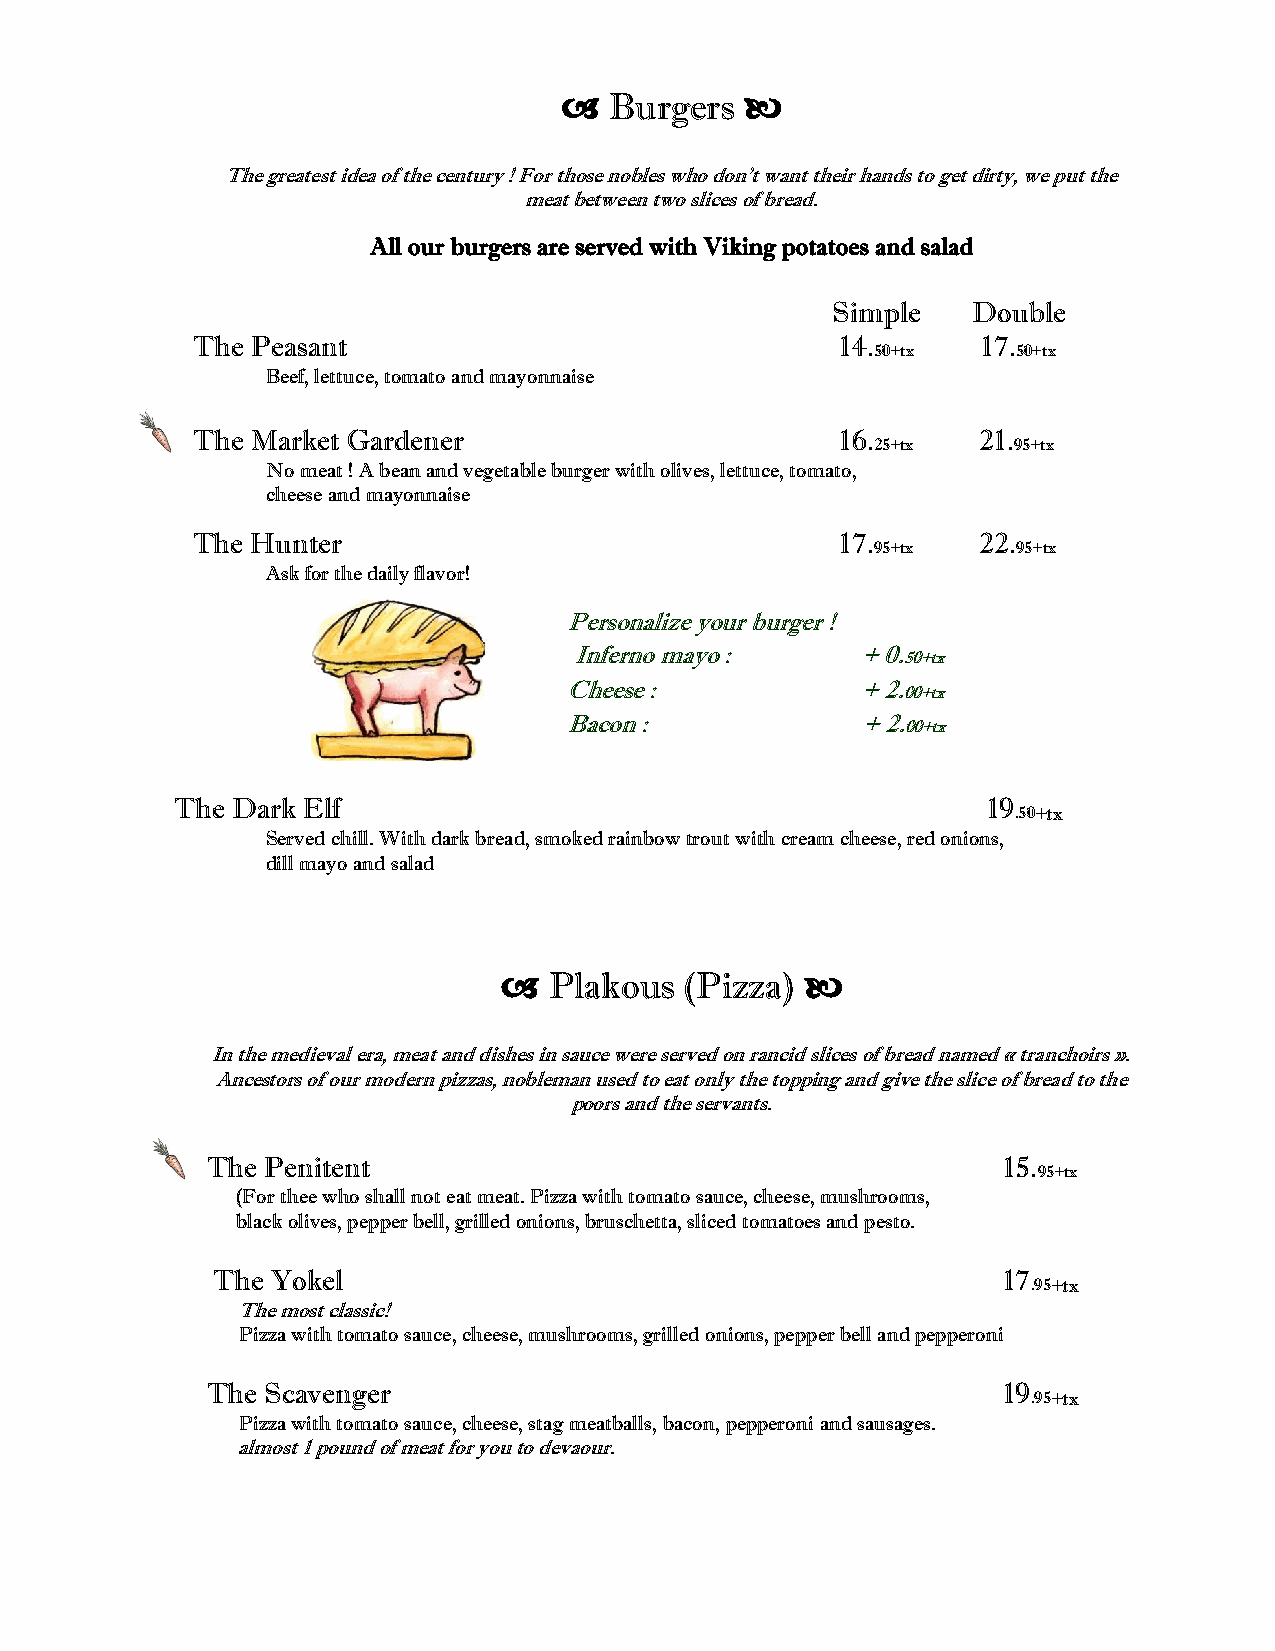

   Burgers  
 The greatest idea of the century ! For those nobles who don't want their hands to get dirty, we put the
 meat between two slices of bread.
 All our burgers are served with Viking potatoes and salad
 Simple   Double
 The Peasant                                14.      17.
 50+tx    50+tx
 Beef, lettuce, tomato and mayonnaise
 The Market Gardener                        16.      21.
 25+tx    95+tx
 No meat ! A bean and vegetable burger with olives, lettuce, tomato,
 cheese and mayonnaise
 The Hunter                                 17.      22.
 95+tx    95+tx
 Ask for the daily flavor!
 Personalize your burger !
 Inferno mayo :     + 0. 50+tx
 Cheese :            + 2. 00+tx
 Bacon :             + 2. 00+tx
 The Dark Elf                                         19
 .50+tx
 Served chill. With dark bread, smoked rainbow trout with cream cheese, red onions,
 dill mayo and salad
   Plakous  (Pizza) 
 In the medieval era, meat and dishes in sauce were served on rancid slices of bread named « tranchoirs ».
 Ancestors of our modern pizzas, nobleman used to eat only the topping and give the slice of bread to the
 poors and the servants.
 The Penitent                                        15.
 95+tx
 (For thee who shall not eat meat. Pizza with tomato sauce, cheese, mushrooms,
 black olives, pepper bell, grilled onions, bruschetta, sliced tomatoes and pesto.
 The Yokel                                           17
 .95+tx
 The most classic!
 Pizza with tomato sauce, cheese, mushrooms, grilled onions, pepper bell and pepperoni
 The Scavenger                                       19
 .95+tx
 Pizza with tomato sauce, cheese, stag meatballs, bacon, pepperoni and sausages.
 almost 1 pound of meat for you to devaour.